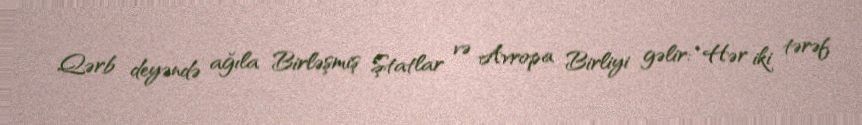
Qərb deyəndə ağıla Birləşmiş Ştatlar və Avropa Birliyi gəlir: “Hər iki tərəf